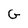
Character: G